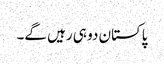
پاکستان دو ہی رہیں گے۔